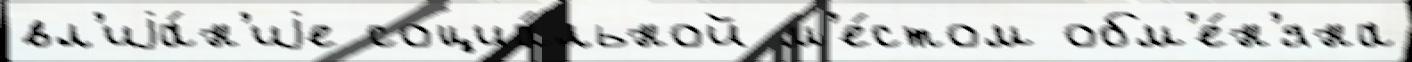
вл'иjа́н'иjе социа́льной м'е́стом обм'е́н'яна